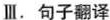
Ⅲ.句子翻译